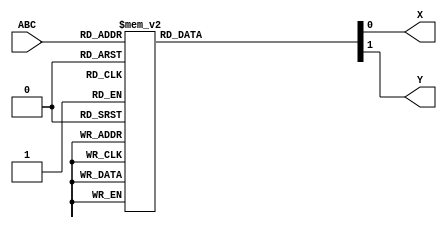
module JG3(ABC,X,Y);
	
	input [2:0] ABC;
	
	output X, Y;
	reg X, Y;
	
	always@(ABC)
    
        

	case(ABC)
	3'B000:begin X<=1'B0;Y<=1'B1;end
	3'B001:begin X<=1'B0;Y<=1'B0;end
	3'B010:begin X<=1'B0;Y<=1'B0;end
	3'B100:begin X<=1'B0;Y<=1'B0;end
	3'B110:begin X<=1'B1;Y<=1'B0;end
	3'B101:begin X<=1'B1;Y<=1'B0;end
	3'B011:begin X<=1'B0;Y<=1'B0;end
	3'B111:begin X<=1'B1;Y<=1'B0;end



	default:begin end
	endcase
        

	
endmodule